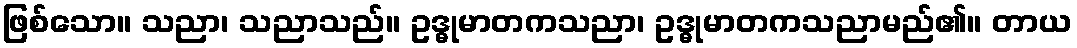
ဖြစ်သော။ သညာ၊ သညာသည်။ ဥဒ္ဓုမာတကသညာ၊ ဥဒ္ဓုမာတကသညာမည်၏။ တာယ